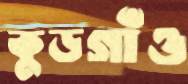
কুড়গাঁও